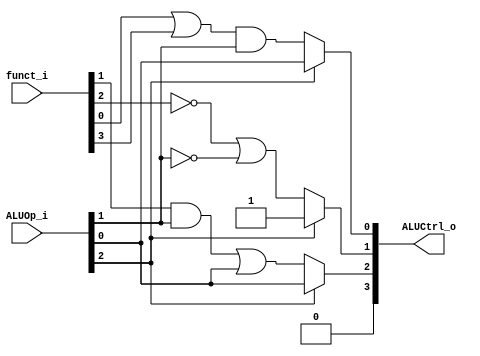
//Subject:     CO project 2 - ALU Controller
//--------------------------------------------------------------------------------
//Version:     1
//--------------------------------------------------------------------------------
//Writer:       109550020
//----------------------------------------------
//----------------------------------------------
//Description: 
//--------------------------------------------------------------------------------
`timescale 1ns/1ps
module ALU_Ctrl(
          funct_i,
          ALUOp_i,
          ALUCtrl_o
          );
          
//I/O ports 
input      [6-1:0] funct_i;
input      [3-1:0] ALUOp_i;

output     [4-1:0] ALUCtrl_o;    
     
//Internal Signals
reg        [4-1:0] ALUCtrl_o;

//Parameter

//Select exact operation

always@(*)
begin
	ALUCtrl_o[3] <= 0;
	if(ALUOp_i[2]) // if addi or slti
	begin
		ALUCtrl_o[2] <= ALUOp_i[0]; // slti
		ALUCtrl_o[1] <= 1'b1;
		ALUCtrl_o[0] <= ALUOp_i[0]; // slti
	end
	else
	begin
		ALUCtrl_o[2] <= (funct_i[1] & ALUOp_i[1]) | ALUOp_i[0];
		ALUCtrl_o[1] <= ~funct_i[2] | ~ALUOp_i[1];
		ALUCtrl_o[0] <= (funct_i[0] | funct_i[3]) & ALUOp_i[1];
	end
end

endmodule